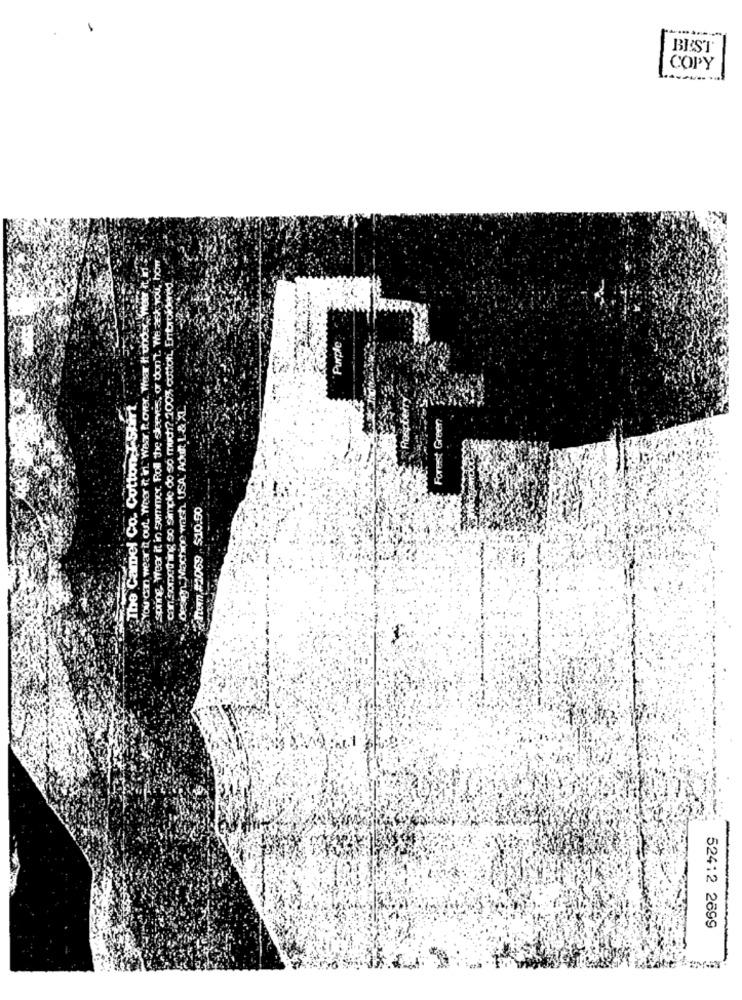
BEST
COPY
You can wear it out. Wear it in."Waar, It over. Yhear It under, weer it id
spring wear it in Summer Roll the sleeves, or don't. We ask you, how
Purple
The Camel Co. Cotton I-Shirt
Design" Machine wash. USA' Adut L & L.
Forest Green
52412 2699